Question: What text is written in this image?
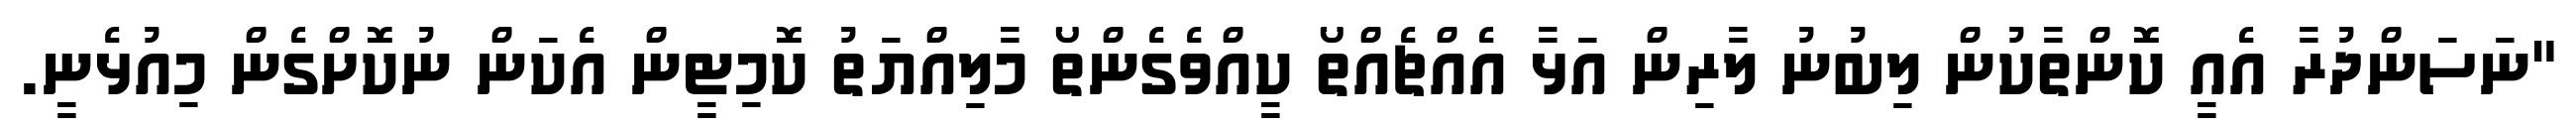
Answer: "ނަސަންދުރާ އެއީ ކޮންތާކުން ލިބުނު ލާރިން އަޅާ އެއްޗެއްތޯ ކީއްވެގެންތޯ މާލިއްޔަތު ކޮމިޓީން އެކަން ނުކޮށްގެން މިއުޅެނީ.